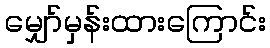
မျှော်မှန်းထားကြောင်း